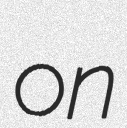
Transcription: on